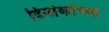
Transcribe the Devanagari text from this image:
दिनांकांच्या